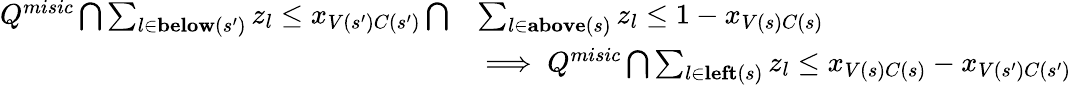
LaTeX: \begin{array}{rl}{Q^{misic}\bigcap\sum_{l\in\textup{\textbf{below}}(s^{\prime})}z_{l}\leq x_{V(s^{\prime})C(s^{\prime})}\bigcap}&{\sum_{l\in\textup{\textbf{above}}(s)}z_{l}\leq 1-x_{V(s)C(s)}}\\ &{\implies Q^{misic}\bigcap\sum_{l\in\textup{\textbf{left}}(s)}z_{l}\leq x_{V(s)C(s)}-x_{V(s^{\prime})C(s^{\prime})}}\end{array}